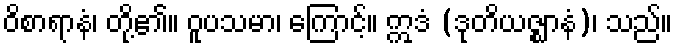
ဝိစာရာနံ၊ တို့၏။ ဝူပသမာ၊ ကြောင့်။ ဣဒံ (ဒုတိယဇ္ဈာနံ)၊ သည်။